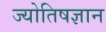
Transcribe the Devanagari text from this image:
ज्योतिषज्ञान